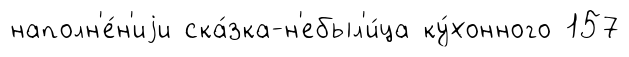
наполн'е́н'иjи ска́зка-н'ебыл'и́ца ку́хонного 157